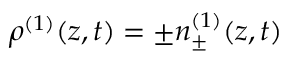
\rho ^ { ( 1 ) } ( z , t ) = \pm n _ { \pm } ^ { ( 1 ) } ( z , t )